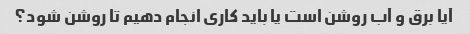
آیا برق و آب روشن است یا باید کاری انجام دهیم تا روشن شود؟